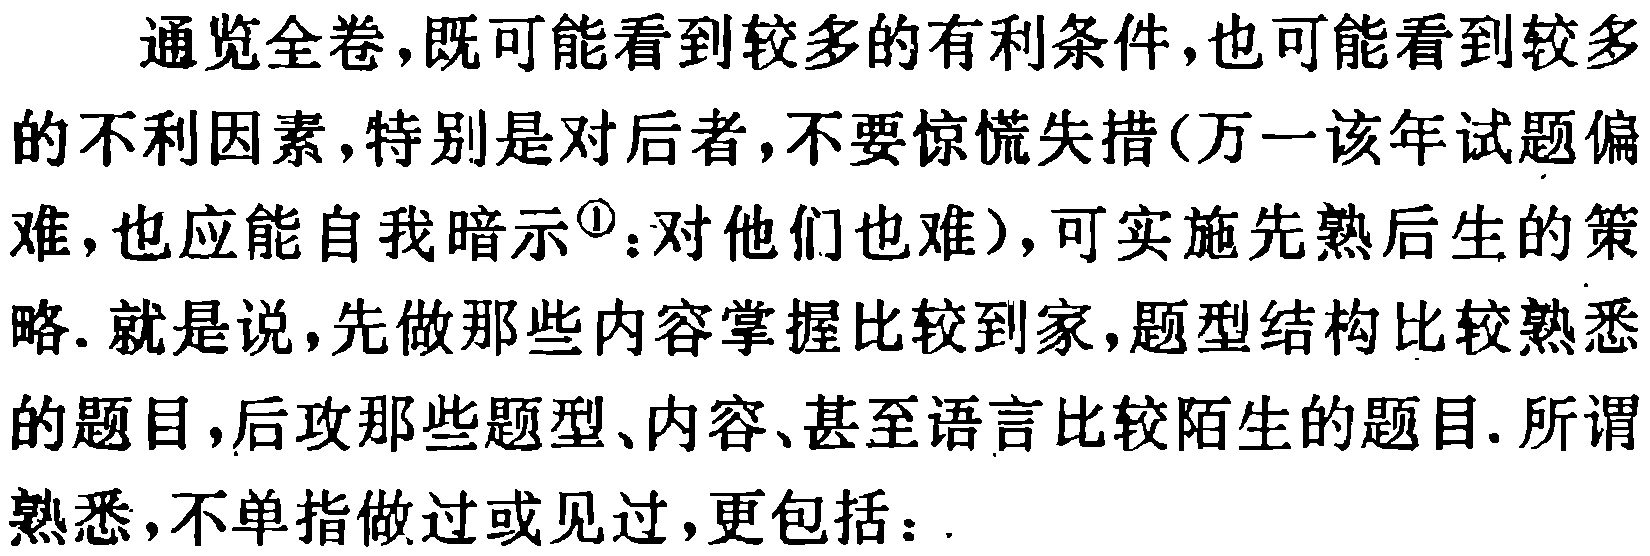
通览全卷,既可能看到较多的有利条件,也可能看到较多的不利因素,特别是对后者,不要惊慌失措(万一该年试题偏难,也应能自我暗示\(^{\textcircled{1}}\):对他们也难),可实施先熟后生的策略. 就是说,先做那些内容掌握比较到家,题型结构比较熟悉的题目,后攻那些题型、内容、甚至语言比较陌生的题目. 所谓熟悉,不单指做过或见过,更包括：.